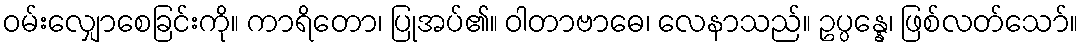
ဝမ်းလျှောစေခြင်းကို။ ကာရိတော၊ ပြုအပ်၏။ ဝါတာဗာဓေ၊ လေနာသည်။ ဥပ္ပန္နေ၊ ဖြစ်လတ်သော်။